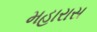
મહારાસ